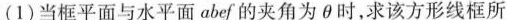
(1)当框平面与水平面abef的夹角为\theta 时，求该方形线框所